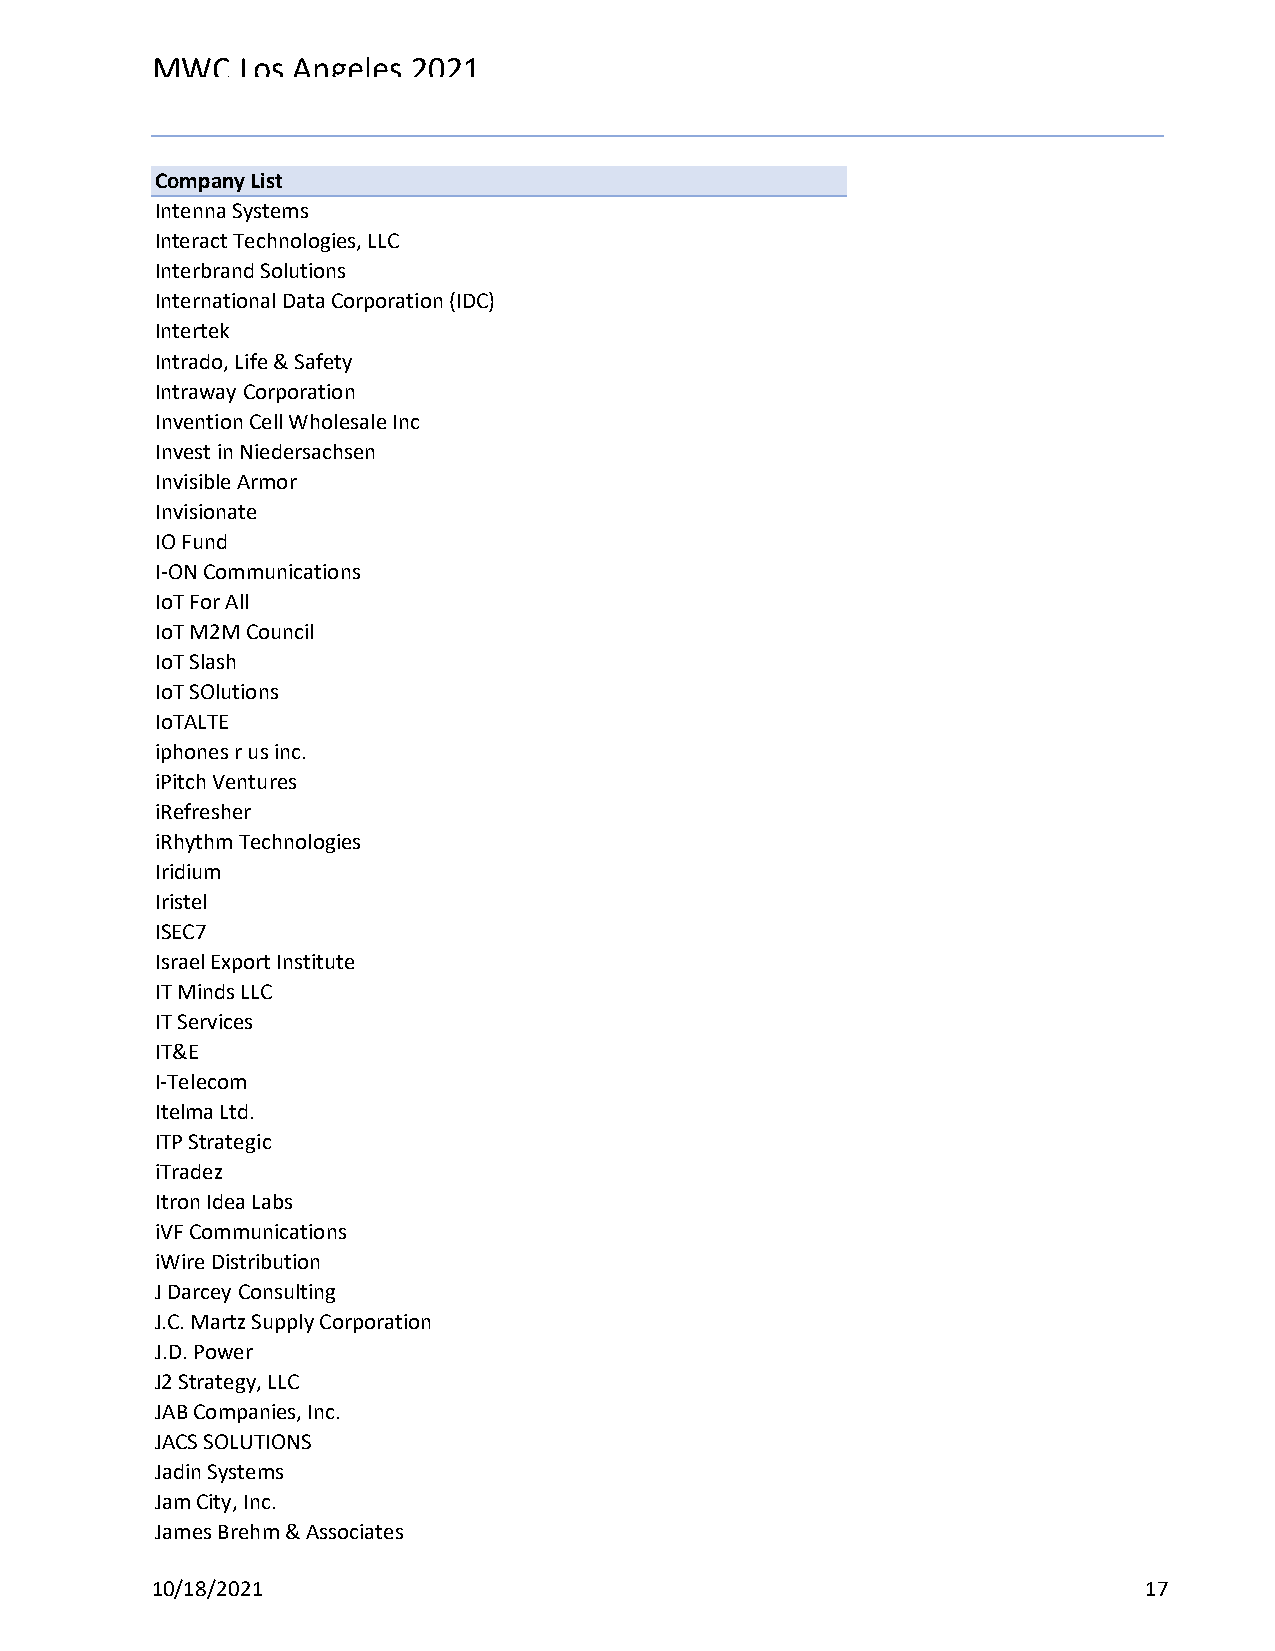
MWC   Los Angeles 2021
 Reg Status                                    Registration Complete
 Code Description                              (Multiple Items)
 Company List
 Intenna Systems
 Interact Technologies, LLC
 Interbrand Solutions
 International Data Corporation (IDC)
 Intertek
 Intrado, Life & Safety
 Intraway Corporation
 Invention Cell Wholesale Inc
 Invest in Niedersachsen
 Invisible Armor
 Invisionate
 IO Fund
 I-ON Communications
 IoT For All
 IoT M2M Council
 IoT Slash
 IoT SOlutions
 IoTALTE
 iphones r us inc.
 iPitch Ventures
 iRefresher
 iRhythm Technologies
 Iridium
 Iristel
 ISEC7
 Israel Export Institute
 IT Minds LLC
 IT Services
 IT&E
 I-Telecom
 Itelma Ltd.
 ITP Strategic
 iTradez
 Itron Idea Labs
 iVF Communications
 iWire Distribution
 J Darcey Consulting
 J.C. Martz Supply Corporation
 J.D. Power
 J2 Strategy, LLC
 JAB Companies, Inc.
 JACS SOLUTIONS
 Jadin Systems
 Jam City, Inc.
 James Brehm & Associates
 10/18/2021                                                        17